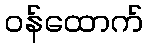
ဝန်ထောက်